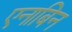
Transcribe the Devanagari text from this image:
एनाबिन